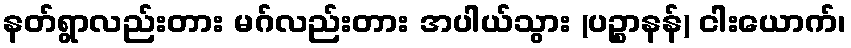
နတ်ရွာလည်းတား မဂ်လည်းတား အပါယ်သွား (ပဉ္စာနန်) ငါးယောက်၊